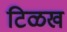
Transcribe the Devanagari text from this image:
टिळख